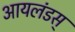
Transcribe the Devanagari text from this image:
आयलंडस्